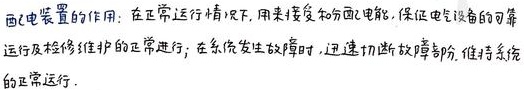
配电装置的作用：在正常运行情况下，用来接受和分配电能，保证电气设备的可靠运行及检修维护的正常进行；在系统发生故障时，迅速切断故障部分，维持系统的正常运行.